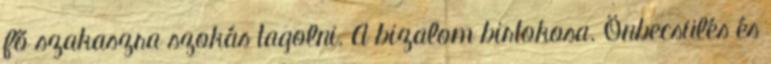
fő szakaszra szokás tagolni. A bizalom birtokosa. Önbecsülés és